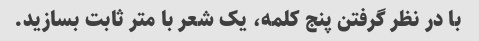
با در نظر گرفتن پنج کلمه، یک شعر با متر ثابت بسازید.